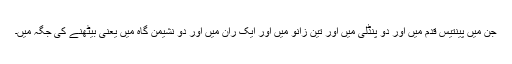
جن میں پینتیس قدم میں اور دُو پنڈلی میں اور تین زانو میں اور ایک ران میں اور دو نشیمن گاہ میں یعنی بیٹھنے کی جگہ میں۔